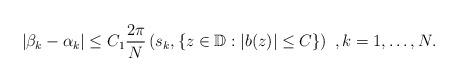
LaTeX: \begin{align*} |\beta_k-\alpha_k|\leq C_1\frac{2\pi}{N}\left( s_k, \{ z \in \mathbb{D}: |b(z)|\leq C\}\right)\ , k=1, \ldots, N . \end{align*}